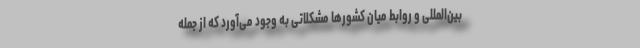
بین‌المللی و روابط میان کشورها مشکلاتی به وجود می‌آورد که از جمله